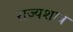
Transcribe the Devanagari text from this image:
राज्यशात्र